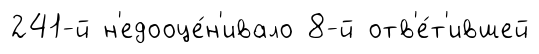
241-й н'едооце́н'ивало 8-й отв'е́т'ившей